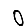
Digit: 0